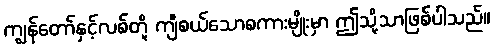
ကျွန်တော်နှင့်လစ်တို့ ကျီစယ်သောစကားမျိုးမှာ ဤသို့သာဖြစ်ပါသည်။